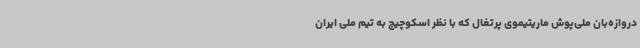
دروازه‌بان ملی‌پوش ماریتیموی پرتغال که با نظر اسکوچیچ به تیم ملی ایران